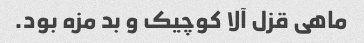
ماهی قزل آلا کوچیک و بد مزه بود.